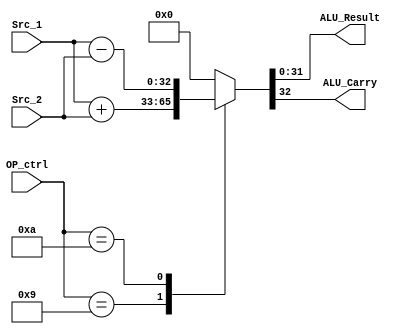
`define addu	6'b001001
`define subu	6'b001010

module ALU(Src_1, Src_2, OP_ctrl, ALU_Result, ALU_Carry);
//inputs
input [31:0]Src_1, Src_2;
input [5:0]OP_ctrl;

//outputs
output reg [31:0]ALU_Result;
output reg ALU_Carry;

always@(*)begin
	//check the operation code
	case(OP_ctrl)
		`addu:	//perform add unsigned operation
			{ALU_Carry, ALU_Result} <= Src_1 + Src_2;
		`subu:	//perform sub unsigned opoeration
			{ALU_Carry, ALU_Result} <= Src_1 - Src_2;
		default:
			{ALU_Carry, ALU_Result} <= 0;
	endcase

end
endmodule